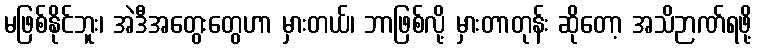
မဖြစ်နိုင်ဘူး၊ အဲဒီအတွေးတွေဟာ မှားတယ်၊ ဘာဖြစ်လို့ မှားတာတုန်း ဆိုတော့ အသိဉာဏ်ရဖို့